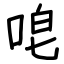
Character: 唣